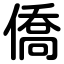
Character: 僑